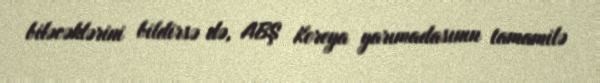
biləcəklərini bildirsə də, ABŞ Koreya yarımadasının tamamilə